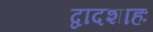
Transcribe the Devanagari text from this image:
द्वादशाहः